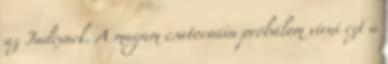
az Indexnek. A magam csatornáin próbálom vívni ezt a